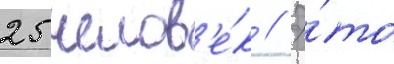
25 челов'е́к // Э́то